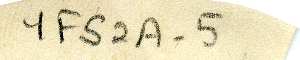
YFS2A-5